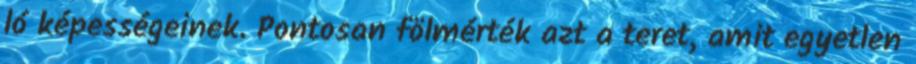
ló képességeinek. Pontosan fölmérték azt a teret, amit egyetlen